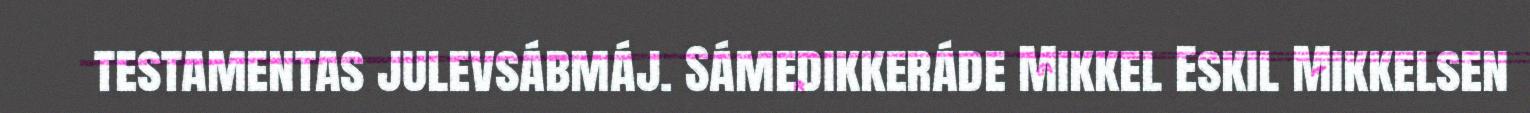
testamentas julevsábmáj. Sámedikkeráde Mikkel Eskil Mikkelsen